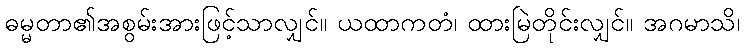
ဓမ္မတာ၏အစွမ်းအားဖြင့်သာလျှင်။ ယထာကတံ၊ ထားမြဲတိုင်းလျှင်။ အဂမာသိ၊